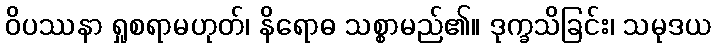
ဝိပဿနာ ရှုစရာမဟုတ်၊ နိရောဓ သစ္စာမည်၏။ ဒုက္ခသိခြင်း၊ သမုဒယ